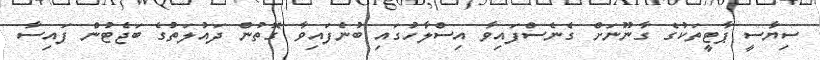
ސިޔާސީ ޕާޓީތަކުގެ ގާނޫނަށް ގެނެސްފައިވާ އިސްލާހުގައި ބުނެފައިވާ ގޮތުން ދައުލަތުގެ ބަޖެޓުން ފައިސާ